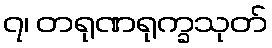
၇၊ တရုဏရုက္ခသုတ်